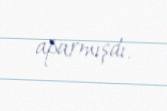
aparmışdı.